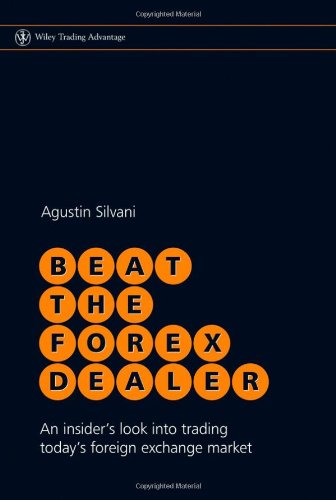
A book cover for Beat the Forex Dealer: An insider's look into trading today's foreign exchange market; Agustin Silvani; Business & Money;